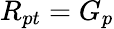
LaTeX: R_{pt}=G_{p}